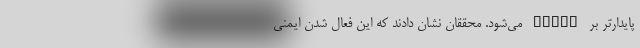
پایدارتر بر STING می‌شود. محققان نشان دادند که این فعال شدن ایمنی